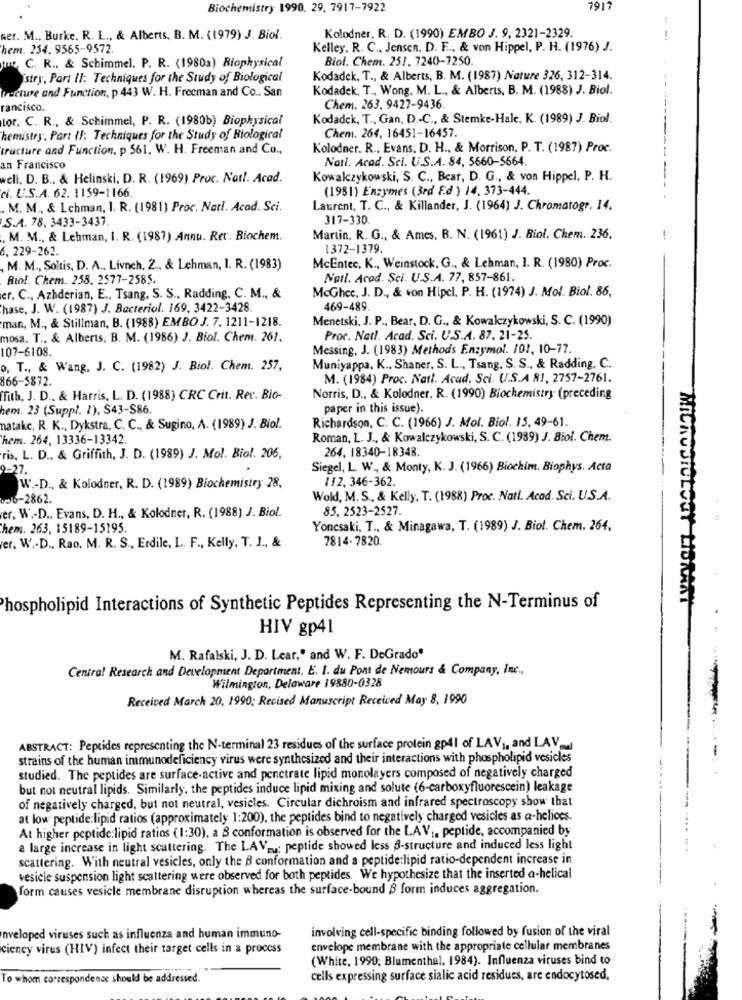
Biochemistry 1990, 29. 7917-7922
7917
Kolodner, R. D. (1990) EMBO J. 9. 2321-2329.
wer. M ., Burke. R. L ., & Alberts, B. M. (1979) J. Biol.
--
hem. 254. 9565-9572.
Kelley. R. C ., Jensen, D. F .., & von Hippel, P. H. (1976) J.
Biol. Chem. 251. 7240-7250.
tur, C. R ., & Schimmel. P. R. (1980a) Biophysical
istry, Part II: Techniques for the Study of Biological
Kodadek, T ., & Alberts, B. M. (1987) Nature 326, 312-314.
Facture and Function, p 443 W. H. Freeman and Co .. San
Kodadek, T ., Wong, M. L ., & Alberts, B. M. (1988) J. Biol.
rancisco.
Chem. 263. 9427-9436.
tor. C. R ., & Schimmel, P. R. (1980b) Biophysical
Kodadek, T ., Gan, D .- C ., & Stemke-Hale, K. (1989) J. Biol.
Chem. 264, 16451-16457.
hemistry. Part II: Techniques for the Study of Biological
tructure and Function. p 561. W. H. Freeman and Co .,
Kolodner. R ., Evans. D. H ., & Morrison, P. T. (1987) Proc.
Nail. Acad. Sti. U.S.A. 84, 5660-5664.
an Francisco
well. D. B ., & Helinski, D. R. (1969) Proc. Natt. Acad.
Kowalczykowski, S. C ., Bear, D. G ., & von Hippel, P. H.
--
(1981) Enzymes (3rd Ed.) 14, 373-444.
ci. U.S.A. 62. 1159-1166.
M. M ., & Lchman, I. R. (1981) Proc. Nati. Acad. Sci.
Laurent, T. C ., & Killander, J. (1964) J. Chromatogr. 14.
S.A. 78. 3433-3437.
317-330.
, M. M ., & Lehman, I. R. (1987) Annu. Rer. Biochem.
Martin, R. G ., & Ames, B. N. (1961) J. Biol. Chem. 236.
6. 229-262.
1372-1379.
, M. M ., Soltis, D. A ., Livneh, Z ., & Lehman, I. R. (1983)
McEntee, K ., Weinstock, G ., & Lehman, 1. R. (1980) Proc.
Riol. Chem. 258. 2577-2585.
Natl. Acad. Sci. U.S.A. 77, 857-861.
McGhee, J. D ., & von Hipel. P. H. (1974) J. Mol. Biol. 86,
er. C ., Azhderian, E ., Tsang. S. S ., Radding, C. M ., &
hase. J. W. (1987) J. Bacteriol. 169, 3422-3428.
469-489.
Menetski. J. P ., Bear, D. G ., & Kowalczykowski, S. C. (1990)
man, M ., & Stillman, B. (1988) EMBO J. 7. 1211-1218.
mosa. T ., & Alberts, B. M. (1986) J. Biol. Chem. 261.
Proc. Natl. Acad. Sci. U.S.A. 87. 21-25.
107-6108.
Messing, J. (1983) Methods Enzymol. 101, 10-77.
o. T ., & Wang, J. C. (1982) J. Biol. Chem. 257,
Muniyappa. K .. Shaner. S. L ., Tsang, S. S ., & Radding, C.
866-5872.
M. (1984) Proc. Natl. Acad. Sci. U.S.A 81, 2757-2761.
ffith, J. D ., & Harris, L. D. (1988) CRC Crit. Rev. Bio-
Norris, D ., & Kolodner. R. (1990) Biochemistry (preceding
hem. 23 (Suppl. 1), S43-S86.
paper in this issue).
Richardson, C. C. (1966) J. Mol. Biol. 15, 49-61.
MIC
natake, R. K ., Dykstra, C. C ., & Sugino, A. (1989) J. Biol.
hem. 264, 13336-13342.
Roman, L. J ., & Kowalczykowski, S. C. (1989) J. Biol. Chem.
264. 18340-18348.
ris. L. D .. & Griffith, J. D. (1989) J. Mol. Biol. 206,
-27.
Siegel, L. W ., & Monty, K. J. (1966) Biochim. Biophys. Acta
112, 346-362.
W .- D ., & Kolodner, R. D. (1989) Biochemistry 28.
006-2862.
Wold, M. S ., & Kelly. T. (1988) Proc. Natt. Acod. Sci. U.S.A.
er, W .- D .. Evans, D. H ., & Kolodner, R. (1988) J. Biol.
85, 2523-2527.
hem. 263, 15189-15195.
Yonesaki, T ., & Minagawa, T. (1989) J. Biol. Chem. 264.
7814-7820.
rer. W .- D ., Rao. M. R. S ., Erdile, L. F ., Kelly, T. J ., &
Phospholipid Interactions of Synthetic Peptides Representing the N-Terminus of
HIV gp41
M. Rafalski, J. D. Lear,' and W. F. DeGrado"
Central Research and Development Department, E. I. du Pont de Nemours & Company, Inc .,
Wilmington, Delaware 19880-0328
Received March 20, 1990; Recised Manuscript Received May 8, 1990
ABSTRACT: Peptides representing the N-terminal 23 residues of the surface protein gp4l of LAV1, and LAV
strains of the human immunodeficiency virus were synthesized and their interactions with phospholipid vesicles
studied. The peptides are surface-active and penetrate lipid monolayers composed of negatively charged
.--------.
but not neutral lipids. Similarly, the peptides induce lipid mixing and solute (6-carboxyfluorescein) leakage
of negatively charged, but not neutral, vesicles. Circular dichroism and infrared spectroscopy show that
at low peptide:lipid ratios (approximately 1:200), the peptides bind to negatively charged vesicles as a-helices.
At higher peptide:lipid ratios (1:30), a S conformation is observed for the LAV ,, peptide, accompanied by
a large increase in light scattering. The LAVm .; peptide showed less -structure and induced less light
scattering. With neutral vesicles, only the 6 conformation and a peptide:lipid ratio-dependent increase in
vesicle suspension light scattering were observed for both peptides. We hypothesize that the inserted a-helical
form causes vesicle membrane disruption whereas the surface-bound $ form induces aggregation.
involving cell-specific binding followed by fusion of the viral
nveloped viruses such as influenza and human immuno-
ciency virus (HIV) infect their target cells in a process
envelope membrane with the appropriate cellular membranes
(White, 1990; Blumenthal, 1984). Influenza viruses bind to
To whom correspondence should be addressed.
cells expressing surface sialic acid residues, are endocytosed,